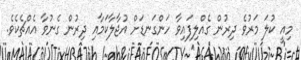
މިއީ ކުލަ މަރުވެ ދިރުން ގެއްލިފައިވާ ހަންގަނޑަށް އުޖާލާކަމާއި ދިރުން ގެނުވާ އެއްޗެކެވެ.